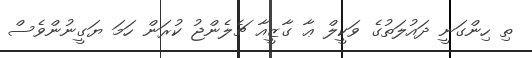
ތި ހިންގަނީ ދައުލަތުގެ ވަކީލް ޢާ ގާޒީއާ ޗެލެންޖު ކުރަން ހަމަ ޔަގީނުންވެސް